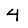
Digit: 4